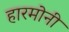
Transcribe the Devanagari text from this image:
हारमोनी